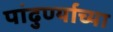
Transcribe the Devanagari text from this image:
पांढुर्ण्याच्या